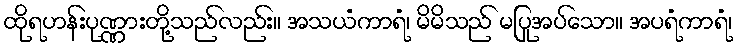
ထိုရဟန်းပုဏ္ဏားတို့သည်လည်း။ အသယံကာရံ၊ မိမိသည် မပြုအပ်သော။ အပရံကာရံ၊